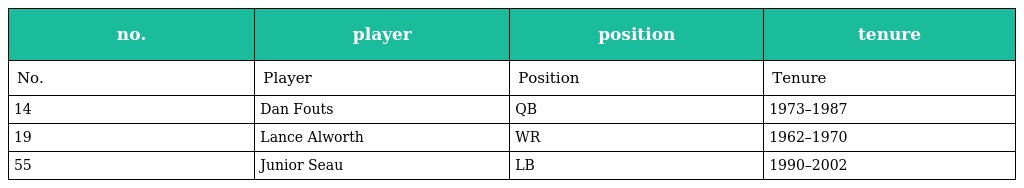
| no. | player | position | tenure |
 | --- | --- | --- | --- |
 | No. | Player | Position | Tenure |
 | 14 | Dan Fouts | QB | 1973–1987 |
 | 19 | Lance Alworth | WR | 1962–1970 |
 | 55 | Junior Seau | LB | 1990–2002 |